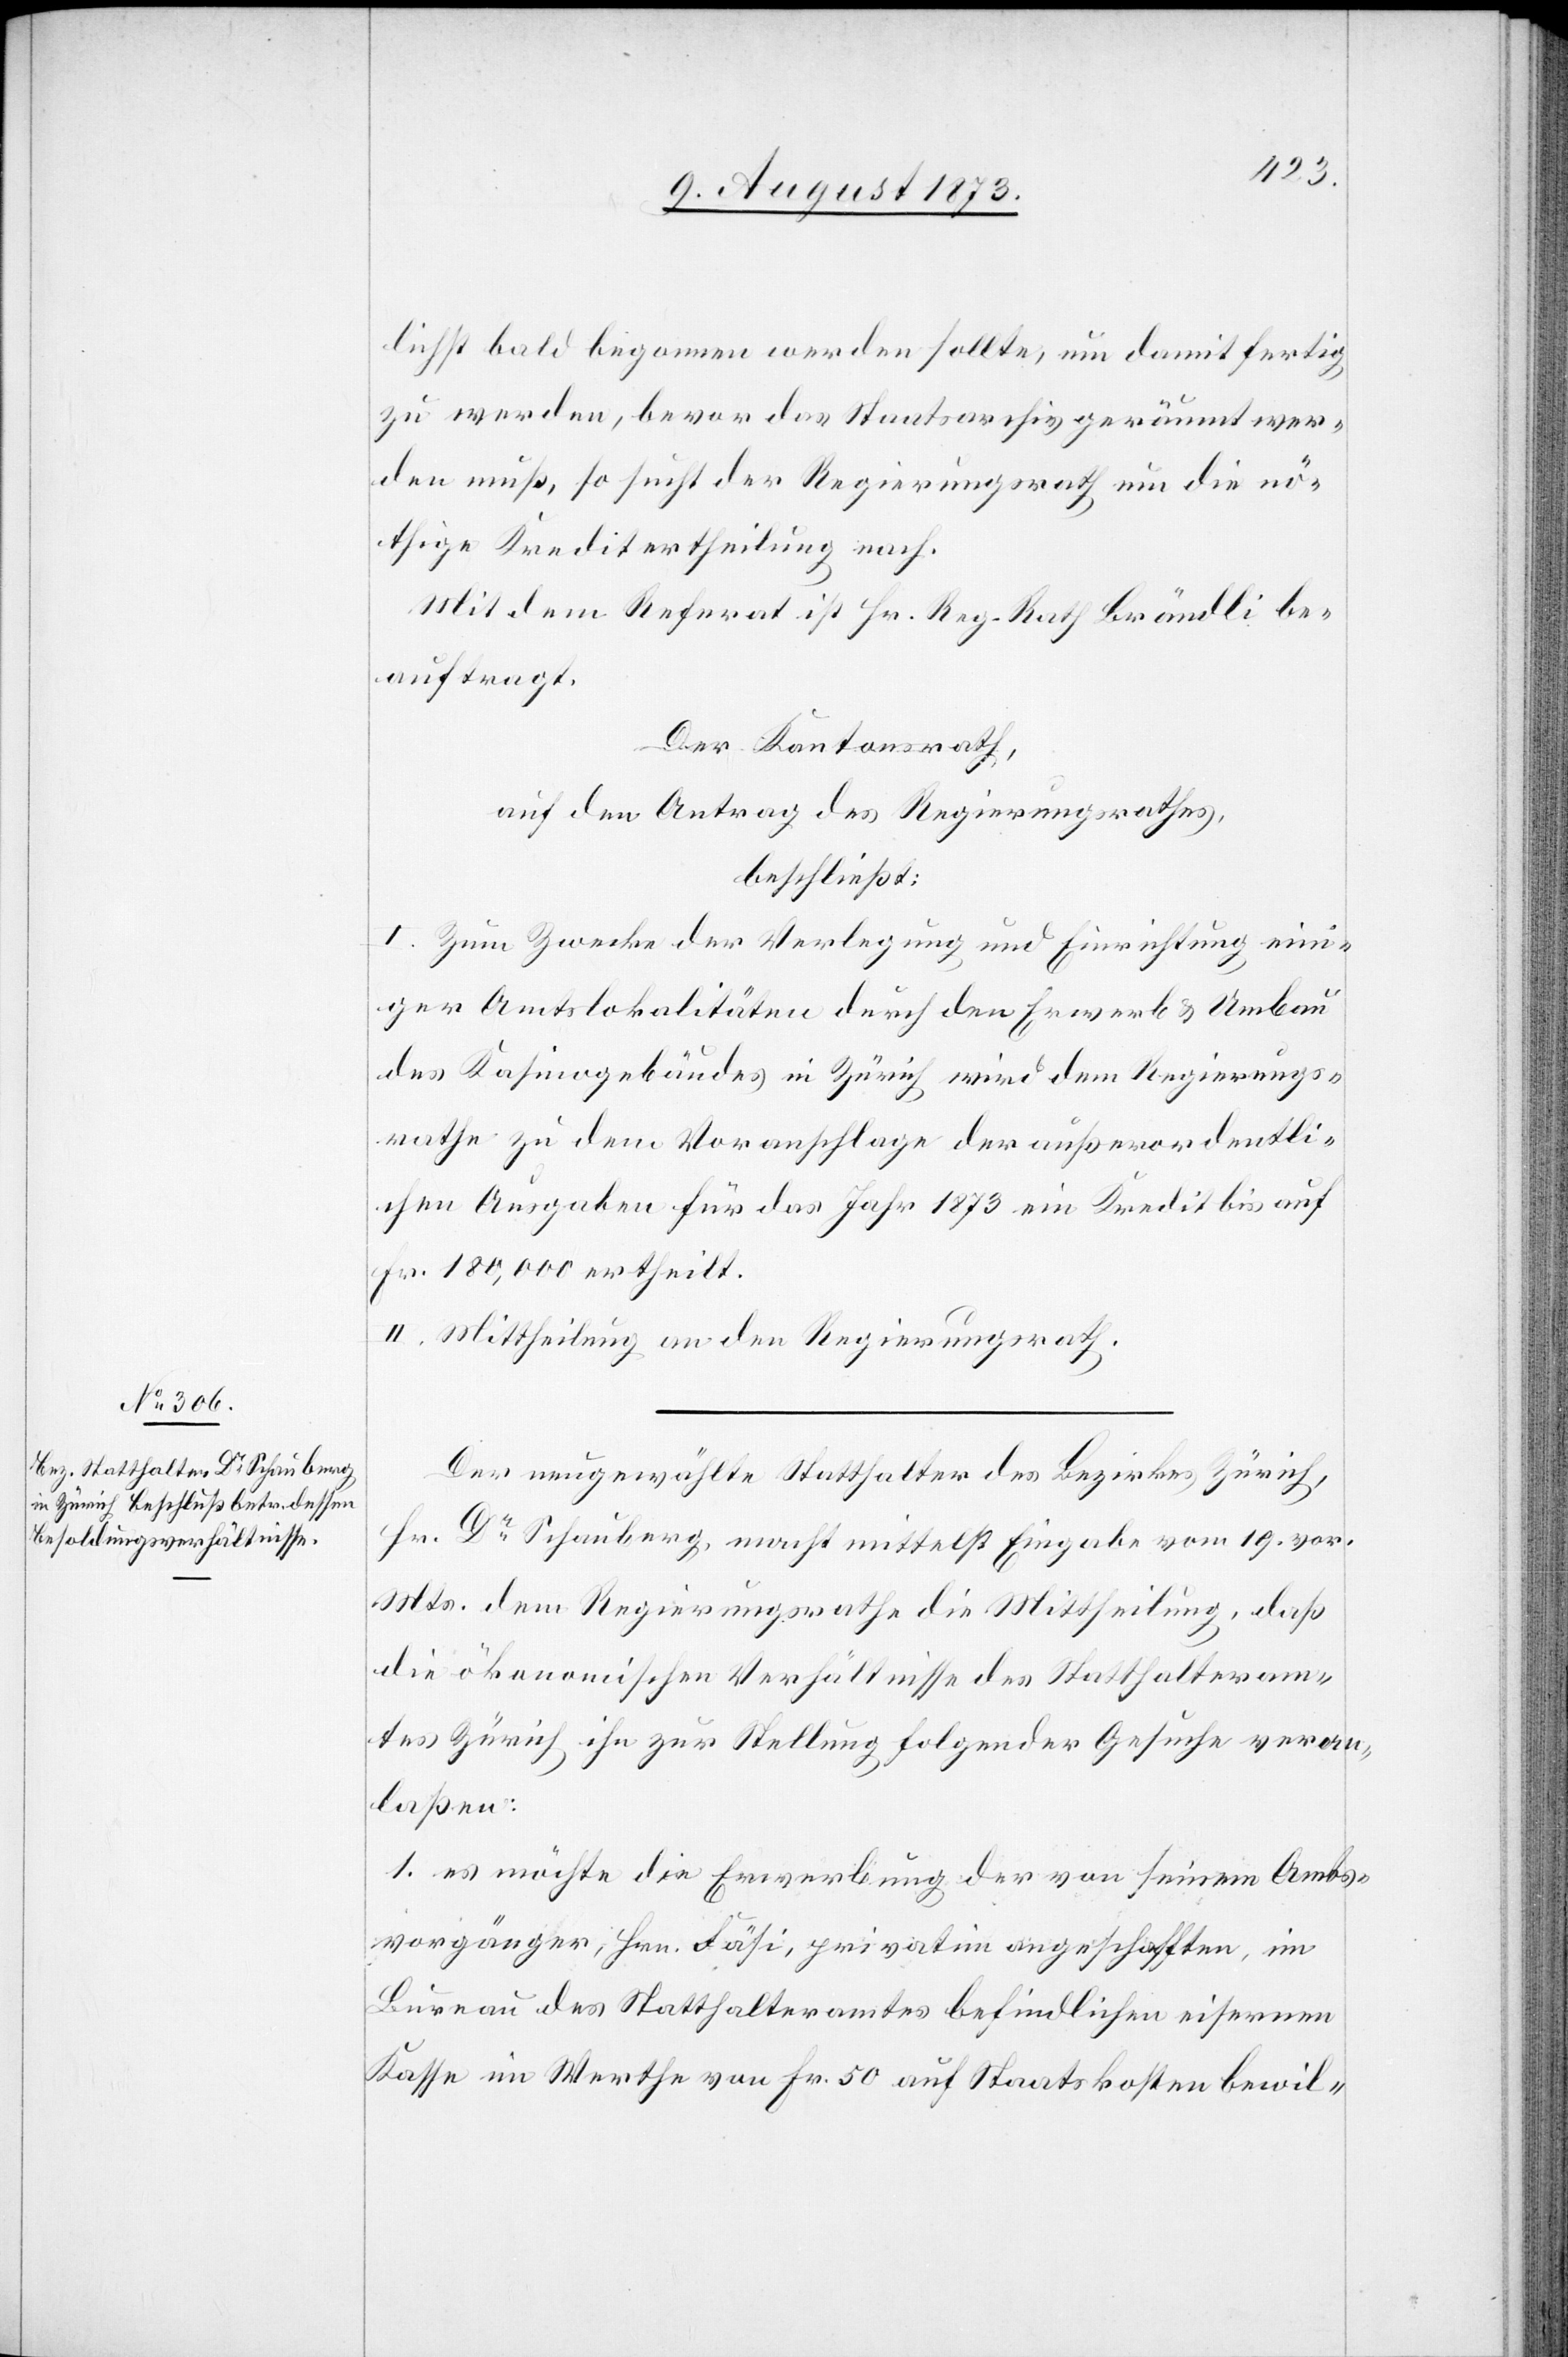
lichst bald begonnen werden sollte, um damit fertig
zu werden, bevor das Staatsarchiv geräumt wer¬
den muß, so sucht der Regierungsrath um die nö¬
thige Kreditertheilung nach.
Mit dem Referat ist Hr. Reg. Rath Brändli be¬
auftragt.
Der Kantonsrath,
auf den Antrag des Regierungsrathes,
beschließt:
I. Zum Zwecke der Verlegung und Einrichtung ein¬
iger Amtslokalitäten durch den Erwerb & Umbau
des Kasinogebäudes in Zürich wird dem Regierungs¬
rathe zu dem Voranschlage der außerordentli¬
chen Ausgaben für das Jahr 1873 ein Kredit bis auf
Fr. 180,00 ertheilt.
II. Mittheilung an den Regierungsrath.
Der neugewählte Statthalter des Bezirkes Zürich,
Hr. Dr Schauberg, macht mittelst Eingabe vom 19. vor.
Mts. dem Regierungsrathe die Mittheilung, daß
die ökonomischen Verhältnisse des Statthalteram¬
tes Zürich ihn zur Stellung folgender Gesuche veran¬
laßen:
1. es möchte die Erwerbung der von seinem Amts¬
vorgänger, Hrn. Fäsi, privatim angeschafften, im
Bureau des Statthalteramtes befindlichen eisernen
Kasse im Werthe von Fr. 50 auf Staatskosten bewil-